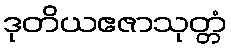
ဒုတိယဧဇာသုတ္တံ